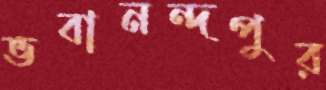
ভবানন্দপুর